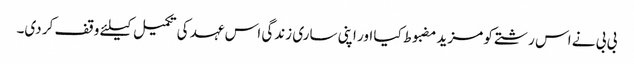
بی بی نے اس رشتے کو مزید مضبوط کیا اور اپنی ساری زندگی اس عہد کی تکمیل کیلئے وقف کر دی۔